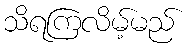
သိရကြလိမ့်မည်